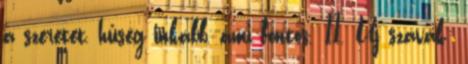
a szeretet, hűség inkább, ami fontos. 11. Új szavak: